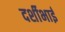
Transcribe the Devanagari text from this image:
दर्शीभाई